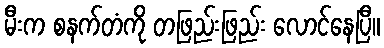
မီးက စနက်တံကို တဖြည်းဖြည်း လောင်နေပြီ။